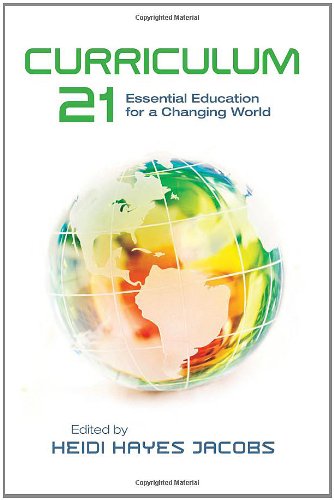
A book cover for Curriculum 21: Essential Education for a Changing World (Professional Development); Education & Teaching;